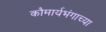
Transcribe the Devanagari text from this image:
कौमार्यभंगाच्या